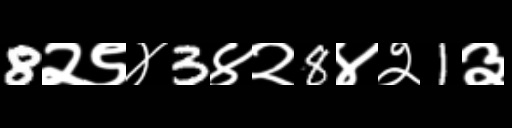
Text: 8२९४3४२8४२1३